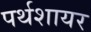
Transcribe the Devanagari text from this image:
पर्थशायर